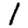
Digit: 1